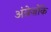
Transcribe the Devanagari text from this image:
अंग्रेज़ोंके